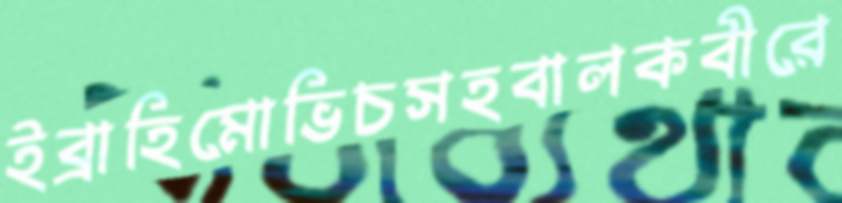
ইব্রাহিমোভিচসহবালকবীরে